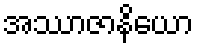
အဿာဇာနိယော